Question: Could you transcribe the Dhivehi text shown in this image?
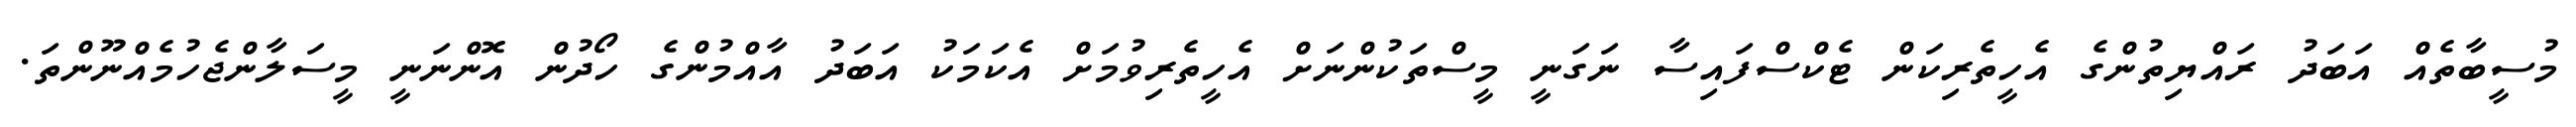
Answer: މުސީބާތެއް އަބަދު ރައްޔިތުންގެ އެހީތެރިކަން ޓެކްސްފައިސާ ނަގަނީ މީސްތަކުންނަށް އެހީތެރިވުމަށް އެކަމަކު އަބަދު އާއްމުންގެ ހޯދުން އޮންނަނީ މީސަލާންޖެހުމެއްނޫންތަ.